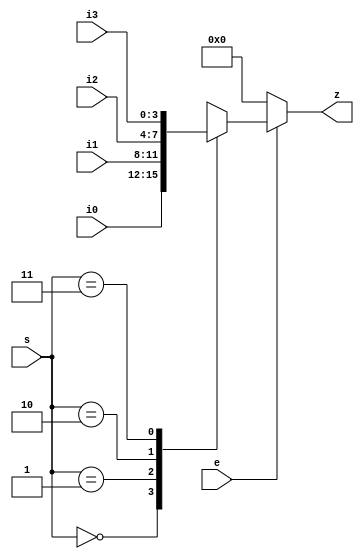
// (C) 2007,2012  Robert T Finch
// robfinch<remove>@opencores.org
// All Rights Reserved.
//
// This source file is free software: you can redistribute it and/or modify 
// it under the terms of the GNU Lesser General Public License as published 
// by the Free Software Foundation, either version 3 of the License, or     
// (at your option) any later version.                                      
//                                                                          
// This source file is distributed in the hope that it will be useful,      
// but WITHOUT ANY WARRANTY; without even the implied warranty of           
// MERCHANTABILITY or FITNESS FOR A PARTICULAR PURPOSE.  See the            
// GNU General Public License for more details.                             
//                                                                          
// You should have received a copy of the GNU General Public License        
// along with this program.  If not, see <http://www.gnu.org/licenses/>.    
//
// Verilog 1995
//
// Webpack 9.1i  xc3s1000-4ft256
//  slices /  LUTs / MHz

module mux4to1(e, s, i0, i1, i2, i3, z);
parameter WID=4;
input e;
input [1:0] s;
input [WID:1] i0;
input [WID:1] i1;
input [WID:1] i2;
input [WID:1] i3;
output [WID:1] z;
reg [WID:1] z;

always @(e or s or i0 or i1 or i2 or i3)
	if (!e)
		z <= {WID{1'b0}};
	else begin
		case(s)
		2'b00:	z <= i0;
		2'b01:	z <= i1;
		2'b10:	z <= i2;
		2'b11:	z <= i3;
		endcase
	end

endmodule